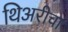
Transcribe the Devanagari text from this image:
थिअरीचा